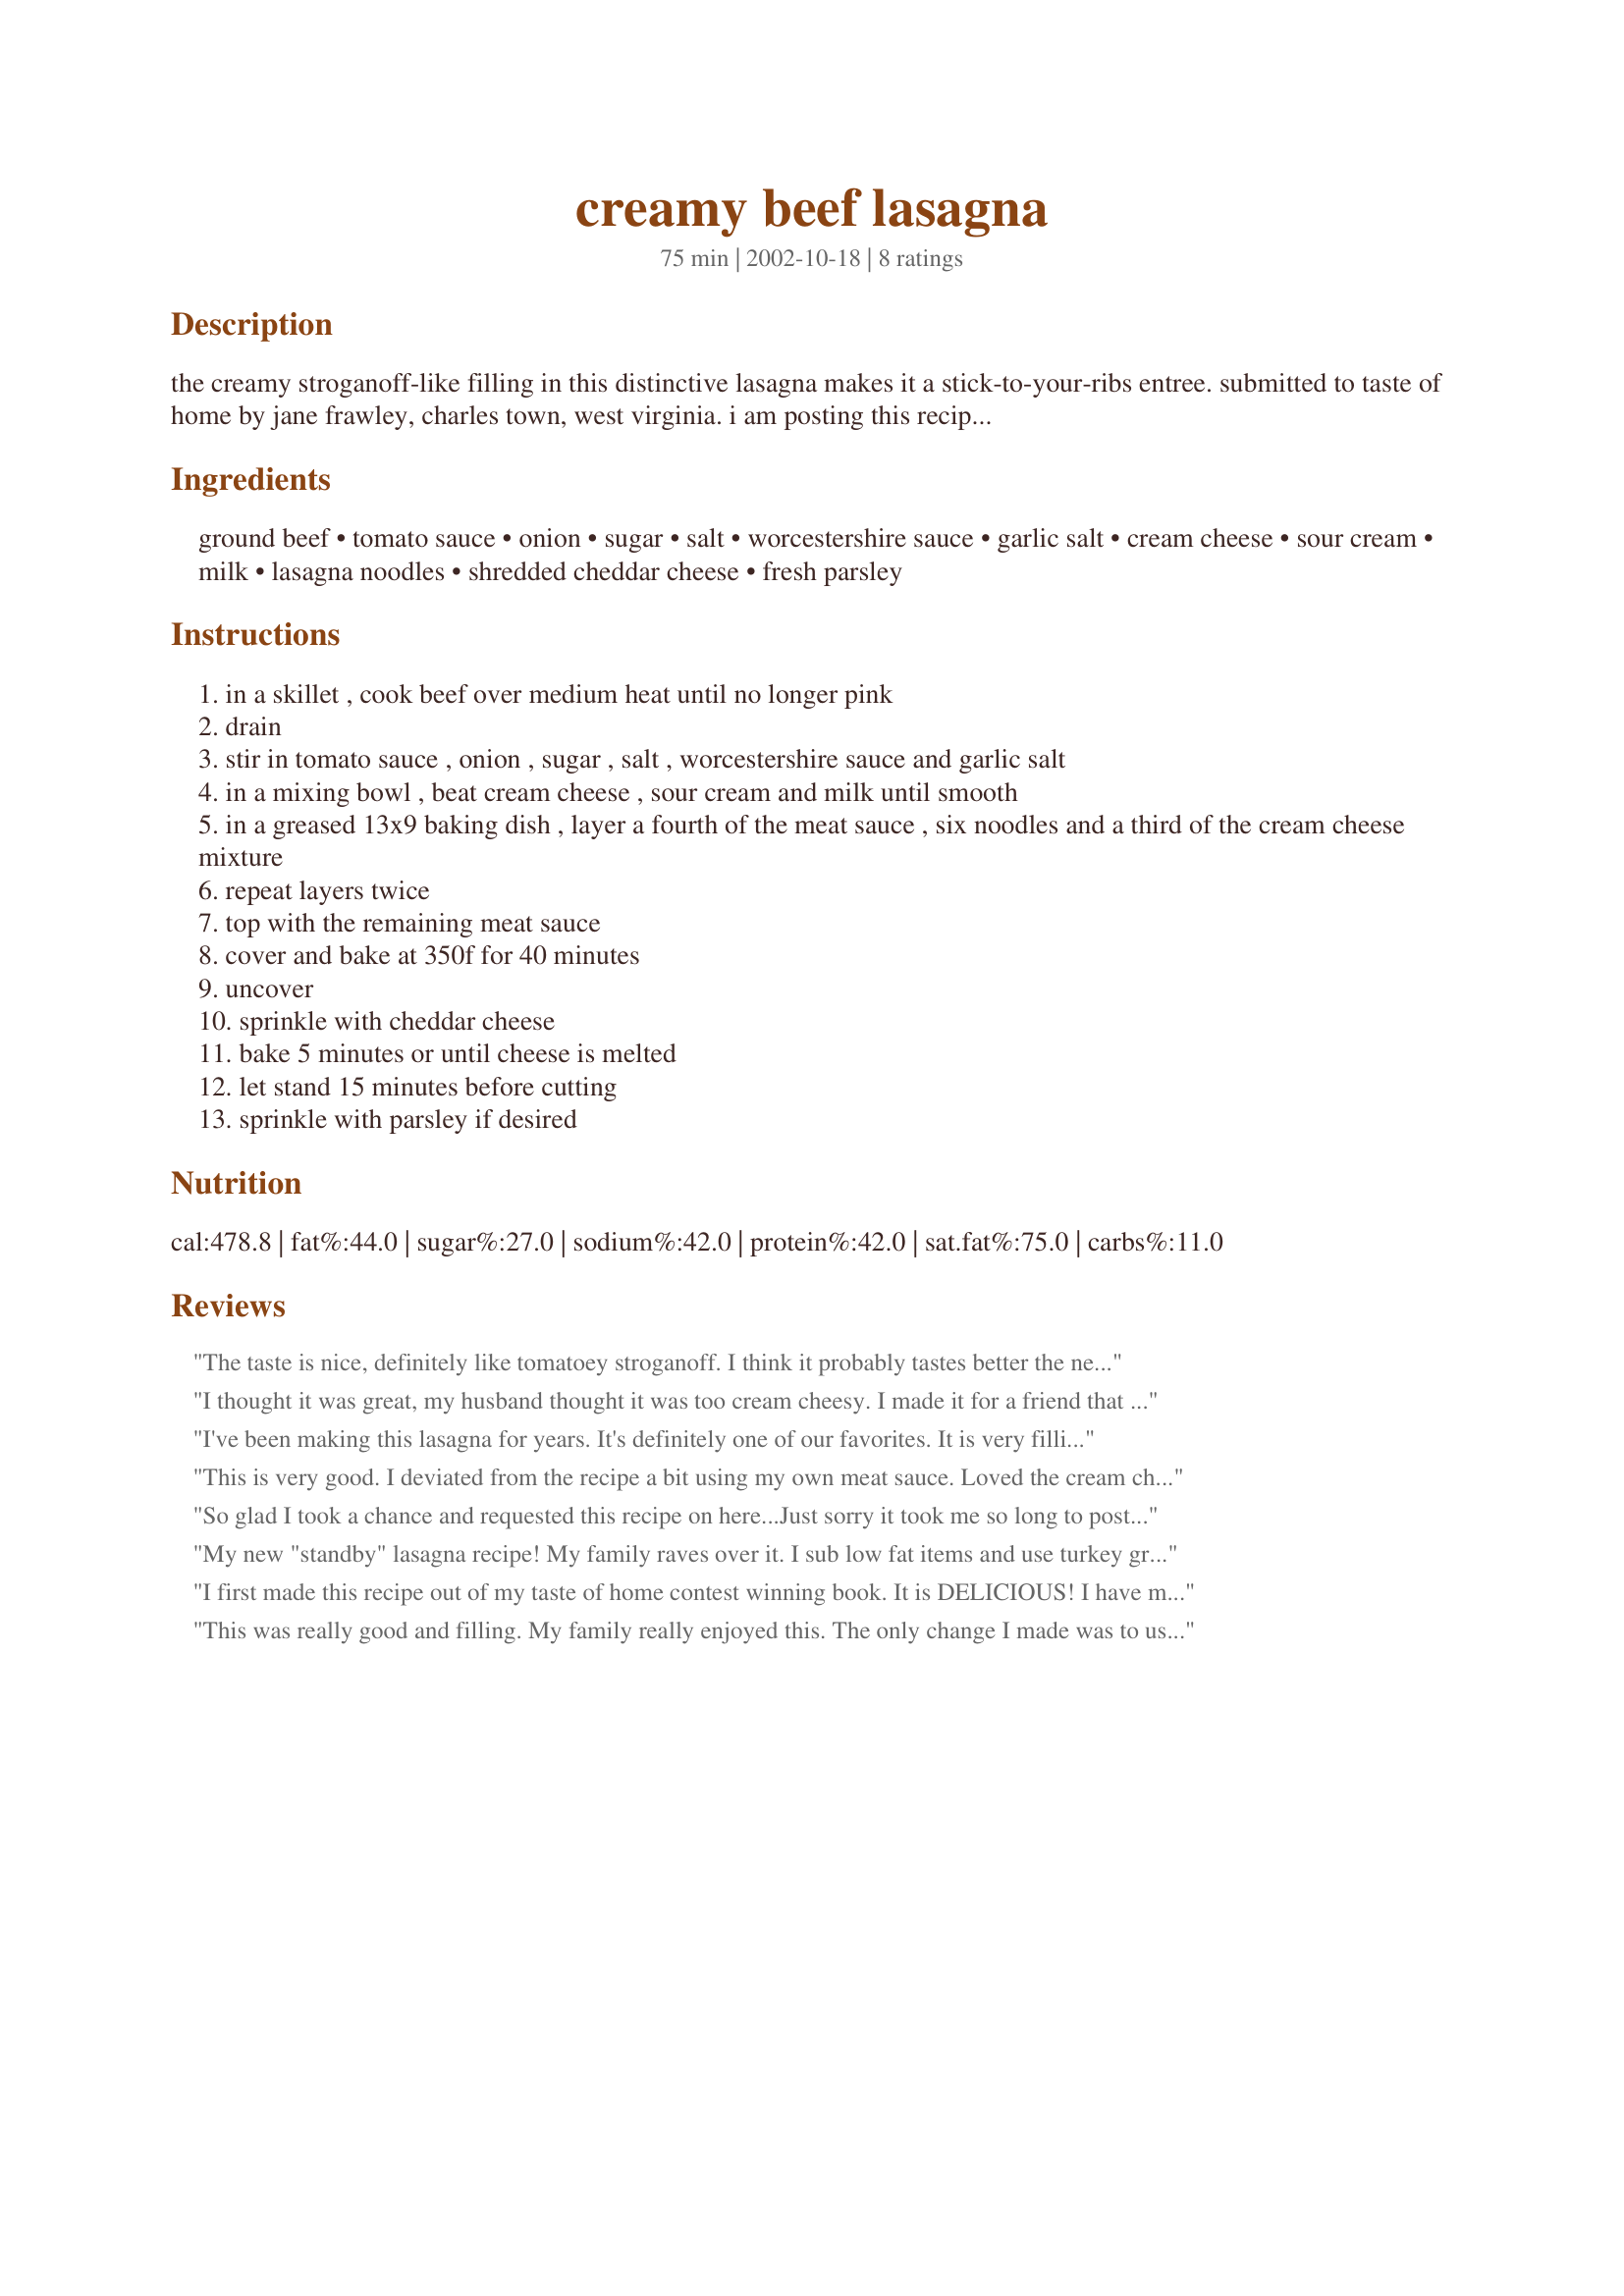
creamy beef lasagna
Preparation time: 75 minutes

the creamy stroganoff-like filling in this distinctive lasagna makes it a stick-to-your-ribs entree. submitted to taste of home by jane frawley, charles town, west virginia. i am posting this recipe in response to a request.

Ingredients:
ground beef, tomato sauce, onion, sugar, salt, worcestershire sauce, garlic salt, cream cheese, sour cream, milk, lasagna noodles, shredded cheddar cheese, fresh parsley

Steps:
in a skillet , cook beef over medium heat until no longer pink
drain
stir in tomato sauce , onion , sugar , salt , worcestershire sauce and garlic salt
in a mixing bowl , beat cream cheese , sour cream and milk until smooth
in a greased 13x9 baking dish , layer a fourth of the meat sauce , six noodles and a third of the cream cheese mixture
repeat layers twice
top with the remaining meat sauce
cover and bake at 350f for 40 minutes
uncover
sprinkle with cheddar cheese
bake 5 minutes or until cheese is melted
let stand 15 minutes before cutting
sprinkle with parsley if desired

Reviews:
The taste is nice, definitely like tomatoey stroganoff. I think it probably tastes better the next day after it has had time to firm up a bit more.
I thought it was great, my husband thought it was too cream cheesy. I made it for a friend that just had a baby, I am sure they enjoyed it. Thanks!
I've been making this lasagna for years. It's definitely one of our favorites. It is very filling, but makes enough for my husband to be able to take a slice with him for lunch the next day.
This is very good. I deviated from the recipe a bit using my own meat sauce. Loved the cream cheese/sour cream filling as a delightful change from ricotta!
So glad I took a chance and requested this recipe on here...Just sorry it took me so long to post a review. I made this within a week of getting the email, and it tasted even better than I remembered. Miss Annie, thanks again so much for posting this.
My new "standby" lasagna recipe! My family raves over it. I sub low fat items and use turkey ground beef and turkey sausage and whole wheat noodles. Soooo yummy!!
I add a little italian seasoning to the meat sauce and some parm chz during the laying process!!
I first made this recipe out of my taste of home contest winning book. It is DELICIOUS! I have made it several times and whenever I am in the mood for lasagna, this is the recipe that I go for. I love the cream cheese mixture in this! It makes it so creamy and unique. LOVE IT! I do normally season the sauce mixture real well with more spices and seasonings. But other than that I stick to the recipe! The best lasagna ever! 10 stars!!
This was really good and filling. My family really enjoyed this. The only change I made was to use minced garlic instead of garlic salt. Thank you!
